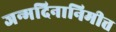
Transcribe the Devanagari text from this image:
जन्मदिनानिमीत्त